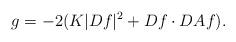
LaTeX: \begin{align*}g=-2 (K|Df|^2+Df\cdot DAf).\end{align*}